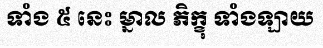
ទាំង ៥ នេះ ម្នាល ភិក្ខុ ទាំងឡាយ